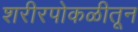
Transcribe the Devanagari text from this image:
शरीरपोकळीतून